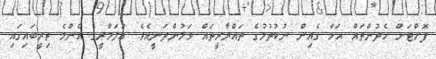
ފޮށްޓަށް ހެދުންތައް އަޅާ ގެއިން ނުކުތުމުގެ ތައްޔާރީތައް ވަމުންދަނީއެވެ. އަލަމާރީގެ އެންމެ ތިރީބައިގައި